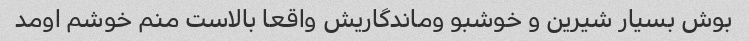
بوش بسیار شیرین و خوشبو وماندگاریش واقعا بالاست منم خوشم اومد